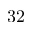
3 2